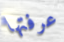
عرفتها